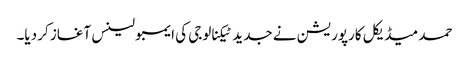
حمد میڈیکل کارپوریشن نے جدید ٹیکنالوجی کی ایمبولینس آغاز کر دیا۔